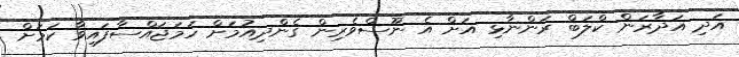
އަދި އަދާރަން ކްލަބް ރަންނާޅި އަށް އެ ނޫސްވެރިން ގެންދިއުމަށް ހަމަޖައްސާފައިވާ ކަމަށް